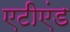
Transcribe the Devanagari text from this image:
एटीएंड